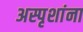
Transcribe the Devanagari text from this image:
अस्पृशांना